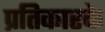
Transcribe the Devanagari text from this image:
प्रतिकारके